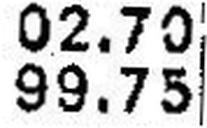
99.75